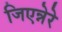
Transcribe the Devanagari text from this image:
जिएन्नेरे